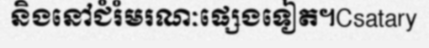
និងនៅជំរំមរណៈផ្សេងទៀត។Csatary